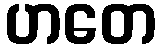
ဟတေ